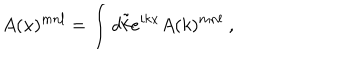
A ( x ) ^ { m n l } = \int d \tilde { k } e ^ { i k x } A ( k ) ^ { m n l } \ ,